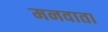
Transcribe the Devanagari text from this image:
मनवाता